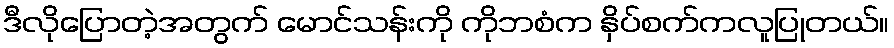
ဒီလိုပြောတဲ့အတွက် မောင်သန်းကို ကိုဘစံက နှိပ်စက်ကလူပြုတယ်။